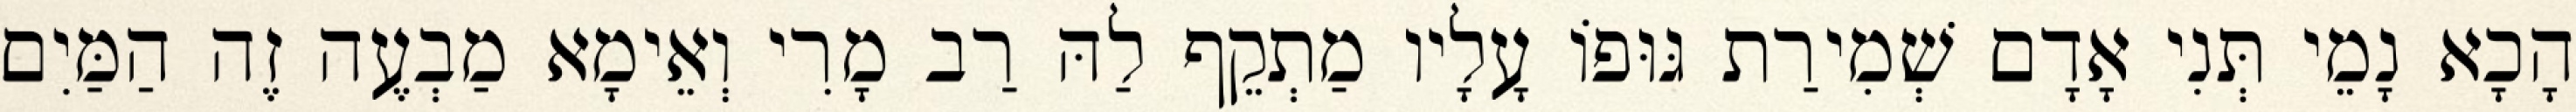
הָכָא נָמֵי תְּנִי אָדָם שְׁמִירַת גּוּפוֹ עָלָיו מַתְקֵף לַהּ רַב מָרִי וְאֵימָא מַבְעֶה זֶה הַמַּיִם